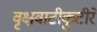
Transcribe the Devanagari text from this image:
वृक्षवाटीकुटीरे